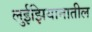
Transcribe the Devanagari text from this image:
लुईझियानातील